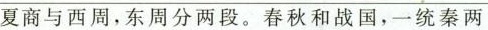
夏商与西周，东周分两段。春秋和战国，一统秦两